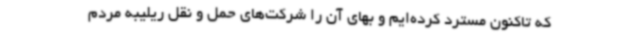
که تاکنون مسترد کرده‌ایم و بهای آن را شرکت‌های حمل و نقل ریلیبه مردم